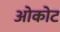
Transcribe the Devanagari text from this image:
ओकोट